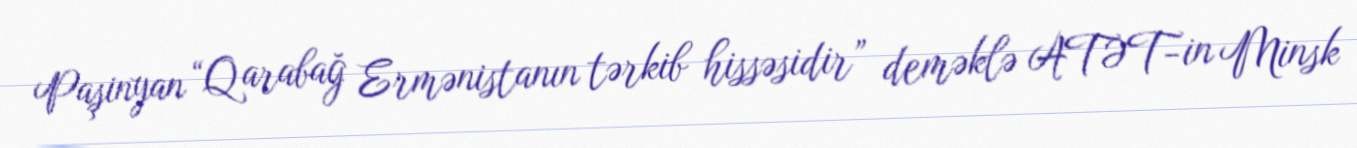
Paşinyan “Qarabağ Ermənistanın tərkib hissəsidir” deməklə ATƏT-in Minsk